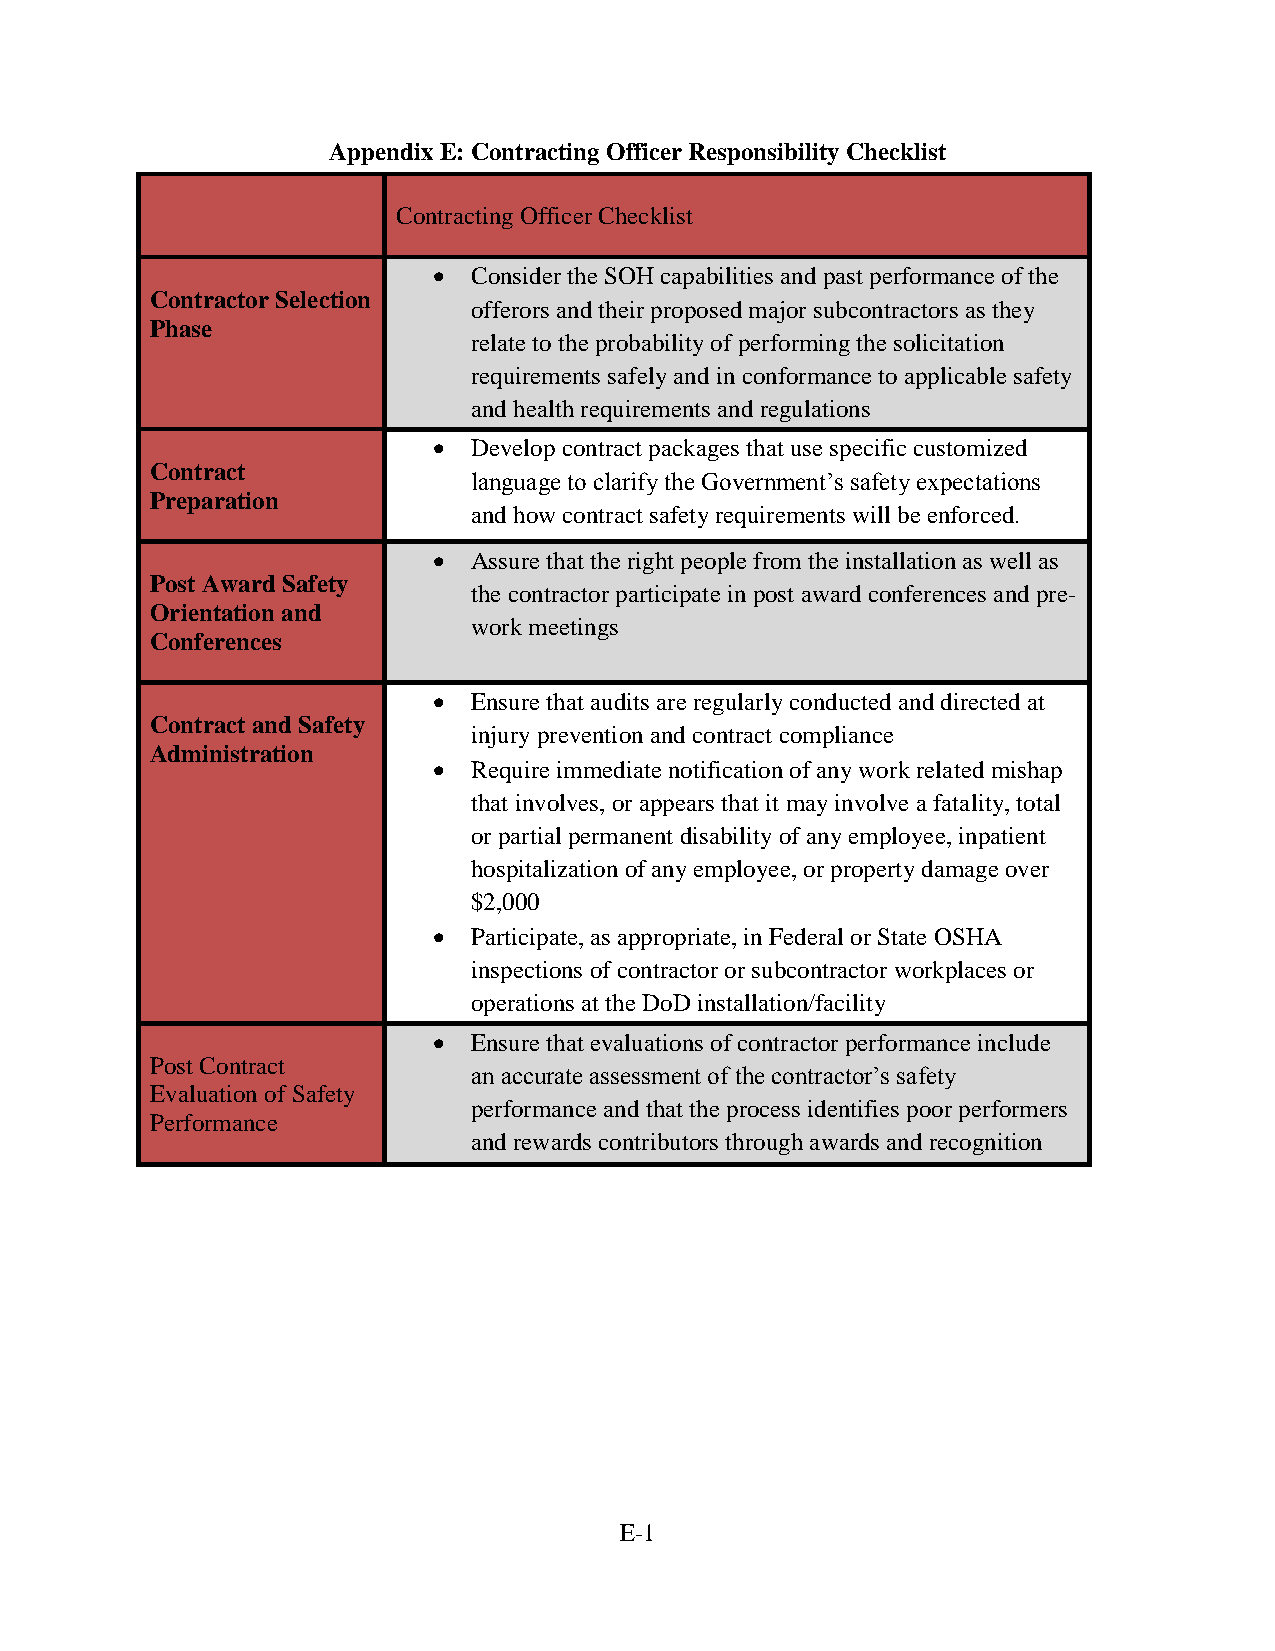
Appendix E: Contracting Officer Responsibility Checklist
 Contracting Officer Checklist
  Consider the SOH capabilities and past performance of the
 Contractor Selection
 offerors and their proposed major subcontractors as they
 Phase
 relate to the probability of performing the solicitation
 requirements safely and in conformance to applicable safety
 and health requirements and regulations
  Develop contract packages that use specific customized
 Contract
 language to clarify the Government’s safety expectations
 Preparation
 and how contract safety requirements will be enforced.
  Assure that the right people from the installation as well as
 Post Award Safety
 the contractor participate in post award conferences and pre-
 Orientation and
 work meetings
 Conferences
  Ensure that audits are regularly conducted and directed at
 Contract and Safety
 injury prevention and contract compliance
 Administration
  Require immediate notification of any work related mishap
 that involves, or appears that it may involve a fatality, total
 or partial permanent disability of any employee, inpatient
 hospitalization of any employee, or property damage over
 $2,000
  Participate, as appropriate, in Federal or State OSHA
 inspections of contractor or subcontractor workplaces or
 operations at the DoD installation/facility
  Ensure that evaluations of contractor performance include
 Post Contract
 an accurate assessment of the contractor’s safety
 Evaluation of Safety
 performance and that the process identifies poor performers
 Performance
 and rewards contributors through awards and recognition
 E-1